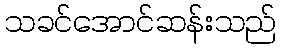
သခင်အောင်ဆန်းသည်